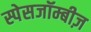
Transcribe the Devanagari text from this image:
स्पेसजॉम्बीज़